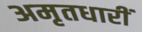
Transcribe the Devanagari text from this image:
अमृतधारीं